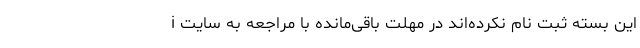
این بسته ثبت نام نکرده‌اند در مهلت باقی‌مانده با مراجعه به سایت i